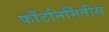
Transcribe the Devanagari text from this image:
फाँटनिर्मितीस